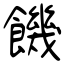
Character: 饑